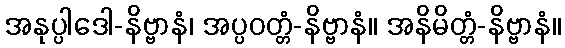
အနုပ္ပါဒေါ-နိဗ္ဗာနံ၊ အပ္ပဝတ္တံ-နိဗ္ဗာနံ။ အနိမိတ္တံ-နိဗ္ဗာနံ။